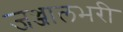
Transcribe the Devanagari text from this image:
जञ्जालभरी